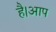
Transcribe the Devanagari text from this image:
है।आप